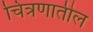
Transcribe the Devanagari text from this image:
चित्रणातील